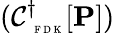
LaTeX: (\mathcal C_{\mathrm{~\tiny~F~D~K~}}^{\dagger}[\mathbf{P}])